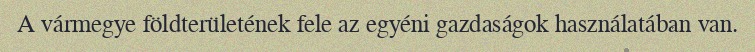
A vármegye földterületének fele az egyéni gazdaságok használatában van.